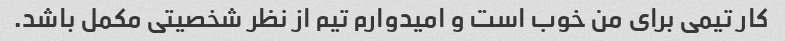
کار تیمی برای من خوب است و امیدوارم تیم از نظر شخصیتی مکمل باشد.